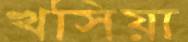
খসিয়া